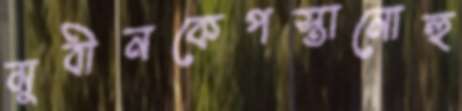
মুবীনকেপস্তানোহু